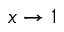
x \rightarrow 1